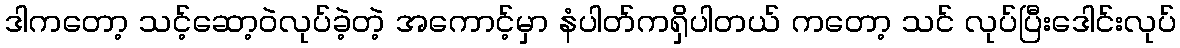
ဒါကတော့ သင့်ဆော့ဝဲလုပ်ခဲ့တဲ့ အကောင့်မှာ နံပါတ်ကရှိပါတယ် ကတော့ သင် လုပ်ပြီးဒေါင်းလုပ်